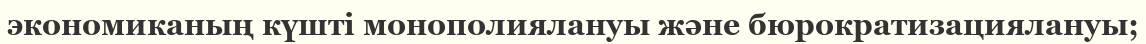
экономиканың күшті монополиялануы және бюрократизациялануы;